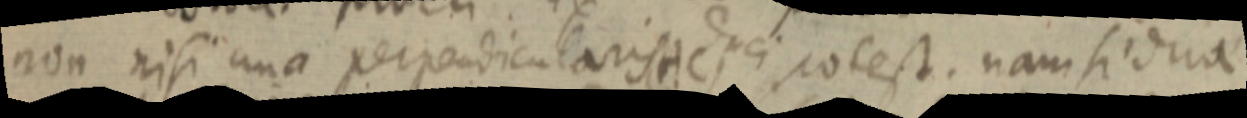
non nisi una perpendicularis duci potest. nam si duae